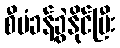
စီမံခန့်ခွဲနိုင်ပြီး